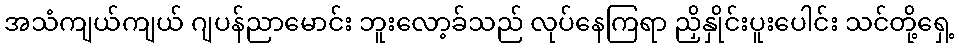
အသံကျယ်ကျယ် ဂျပန်ညာမောင်း ဘူးလော့ခ်သည် လုပ်နေကြရာ ညှိနှိုင်းပူးပေါင်း သင်တို့ရှေ့